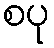
စပု